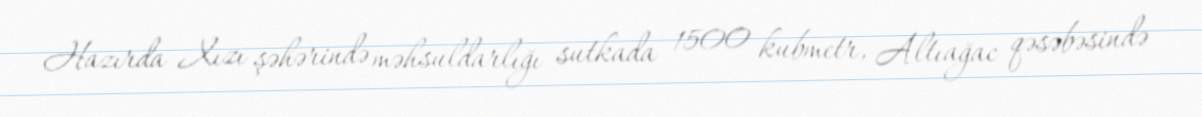
Hazırda Xızı şəhərində məhsuldarlığı sutkada 1500 kubmetr, Altıağac qəsəbəsində